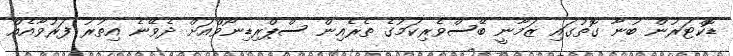
ޑޮކްޓަރުން ބުނާ ގޮތުގައި ޒަމާނީ ބޭސްވެރިކަމުގެ ތެރެއިން ސްޕްރިޑިނޯވްއަށް ދެވޭނެ އިތުރު ފަރުވާއެއް